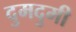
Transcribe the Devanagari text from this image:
दुमदुमी